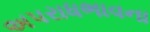
અપરાધભાવના